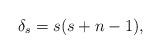
LaTeX: \begin{align*}\delta_{s}=s(s+n-1),\end{align*}